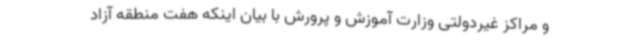
و مراکز غیردولتی وزارت آموزش و پرورش با بیان اینکه هفت منطقه آزاد